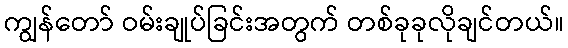
ကျွန်တော် ဝမ်းချုပ်ခြင်းအတွက် တစ်ခုခုလိုချင်တယ်။